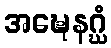
အဍ္ဎေနဂ္ဃံ